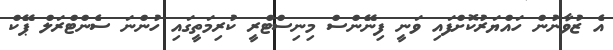
އެ ޒުވާނުން ހައްޔަރުކޮށްފައި ވަނީ ފިނޭންސް މިނިސްޓްރީ ކުރިމަތީގައި ހުންނަ ސެންޓްރަލް ޕޭކް